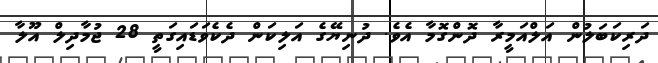
ދަރިކަބަލުން އަލްއަމީރާ ދޮންގޮމާ އެވެ. ދުނިޔޭގެ އަލިކަން ދެކެވަޑައިގަތީ 28 ޖުމާދިލް އޫލާ